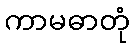
ကာမဓာတုံ